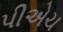
પીએચ